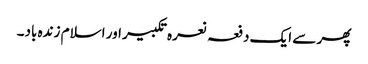
پھر سے ایک دفعہ نعرہ تکبیر اور اسلام زندہ باد۔